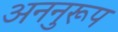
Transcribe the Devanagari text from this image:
अननुरूप